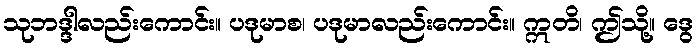
သုဘဒ္ဒါလည်းကောင်း။ ပဒုမာစ၊ ပဒုမာလည်းကောင်း။ ဣတိ၊ ဤသို့။ ဒွေ